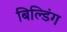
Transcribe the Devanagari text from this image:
बिल्‍डिंग